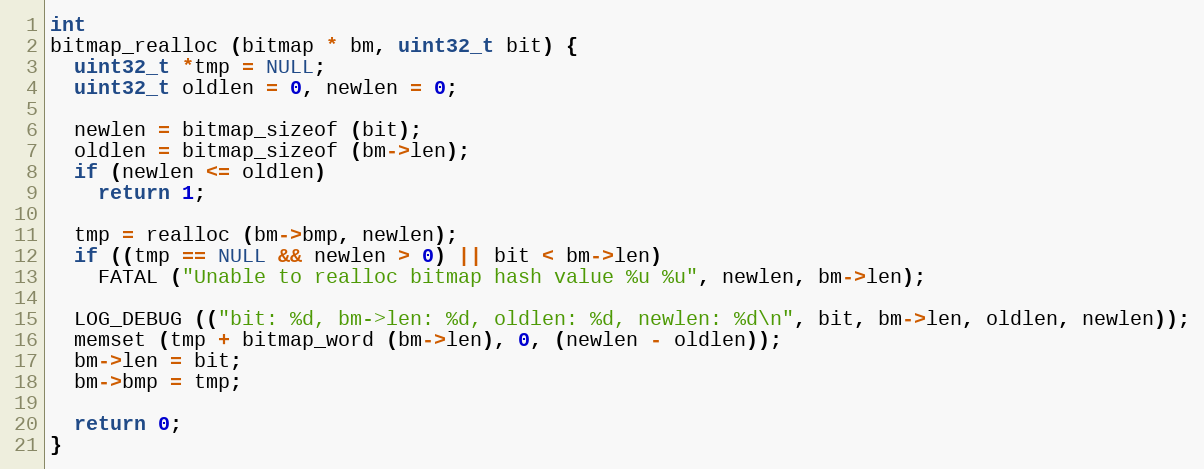
Language: C
int
bitmap_realloc (bitmap * bm, uint32_t bit) {
  uint32_t *tmp = NULL;
  uint32_t oldlen = 0, newlen = 0;

  newlen = bitmap_sizeof (bit);
  oldlen = bitmap_sizeof (bm->len);
  if (newlen <= oldlen)
    return 1;

  tmp = realloc (bm->bmp, newlen);
  if ((tmp == NULL && newlen > 0) || bit < bm->len)
    FATAL ("Unable to realloc bitmap hash value %u %u", newlen, bm->len);

  LOG_DEBUG (("bit: %d, bm->len: %d, oldlen: %d, newlen: %d\n", bit, bm->len, oldlen, newlen));
  memset (tmp + bitmap_word (bm->len), 0, (newlen - oldlen));
  bm->len = bit;
  bm->bmp = tmp;

  return 0;
}